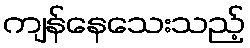
ကျန်နေသေးသည့်